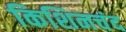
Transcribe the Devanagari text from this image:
किशिनचंद